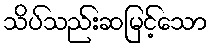
သိပ်သည်းဆမြင့်သော